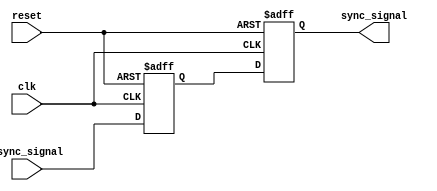
module meta_stability_filter (
    input wire clk,               // Clock signal
    input wire async_signal,      // Asynchronous input signal
    input wire reset,             // Asynchronous reset signal
    output reg sync_signal        // Synchronized output signal
);

    // Internal flip-flop outputs
    reg ff1_out;                 // Output of the first flip-flop

    // First flip-flop (FF1)
    always @(posedge clk or posedge reset) begin
        if (reset) begin
            ff1_out <= 1'b0;      // Reset state for FF1
        end else begin
            ff1_out <= async_signal; // Sample async signal
        end
    end

    // Second flip-flop (FF2)
    always @(posedge clk or posedge reset) begin
        if (reset) begin
            sync_signal <= 1'b0;   // Reset state for FF2
        end else begin
            sync_signal <= ff1_out; // Sample output of FF1
        end
    end

endmodule